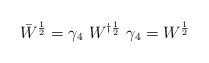
\begin{align*}\bar{W}^{\frac{1}{2}}=\gamma_4~W^{\dag\frac{1}{2}}~\gamma_4= W^{\frac{1}{2}}\end{align*}